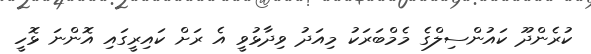
ކުރެންދޫ ކައުންސިލްގެ މެމްބަރަކު މިއަދު ވިދާޅުވީ އެ ރަށް ކައިރީގައި އޮންނަ ޅޮހީ